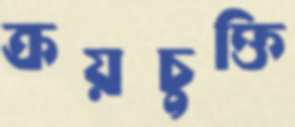
ক্রয়চুক্তি